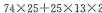
$$ 74/times25+25/times13/times2 $$